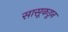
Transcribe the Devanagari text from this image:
सासूकडून